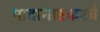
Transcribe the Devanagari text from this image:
मादागास्करचे